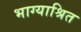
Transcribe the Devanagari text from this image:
भाग्याश्रित